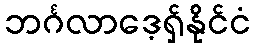
ဘင်္ဂလာဒေ့ရှ်နိုင်ငံ